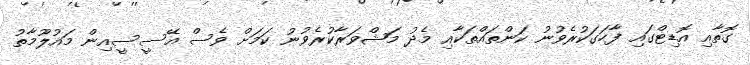
ގޮތާއި އޮޑިޓްގައި ފާހަގަކުރެވުނު ކަންތައްތަކާއި މެދު މަޝްވަރާކުރެވުނު ކަމަށް ވެސް އޭސީސީއިން މައުލޫމާތު